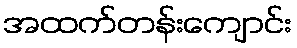
အထက်တန်းကျောင်း